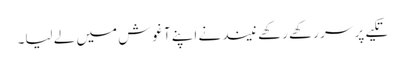
تکیے پر سر رکھے رکھے نیند نے اپنے آغوش میں لے لیا۔